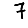
Digit: 7